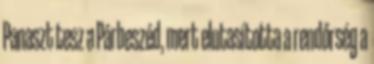
Panaszt tesz a Párbeszéd, mert elutasította a rendőrség a